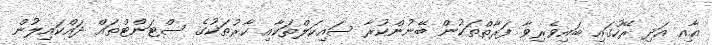
އާއި އަދި ރޭހުގައި ބައިވެރިވާ ފަރާތްތަކުން ބޭނުންކުރާ ސައިކަލްތަކާއި ކާރުތަކުގެ ސްޓަންޓްތައް ދައްކައިލުން